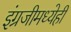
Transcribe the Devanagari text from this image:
इंग्रजीमध्येही